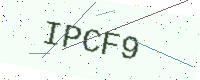
Text: IPCF9